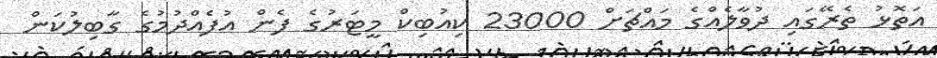
އަތޮޅު ތެރޭގައި ދުވާލެއްގެ މައްޗަށް 23000 ކިއުބިކް މީޓަރުގެ ފެން އުފެއްދުމުގެ ގާބިލުކަން